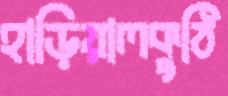
হাড়িয়ালকুঠি